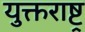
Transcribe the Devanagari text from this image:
युक्तराष्ट्र